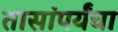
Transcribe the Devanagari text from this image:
तासांपर्यंचा